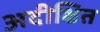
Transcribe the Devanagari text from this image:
अदीक्षित